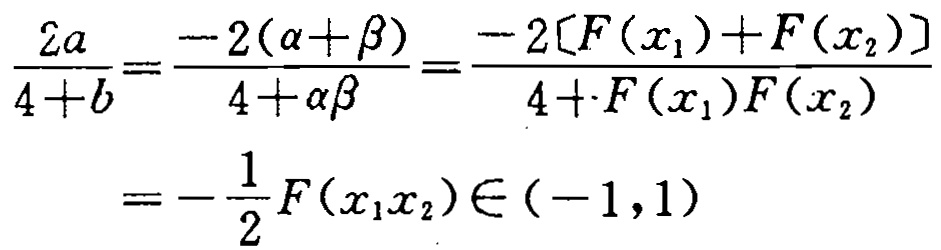
\[\begin{align*}
\frac{2a}{4 + b}&=\frac{-2(\alpha+\beta)}{4+\alpha\beta}=\frac{-2[F(x_1)+F(x_2)]}{4 + F(x_1)F(x_2)}\\
&=-\frac{1}{2}F(x_1x_2)\in(-1,1)
\end{align*}\]